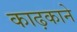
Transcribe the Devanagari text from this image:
काढ़काने